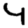
Digit: 4